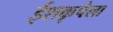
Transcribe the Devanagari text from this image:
ईशकृपेला